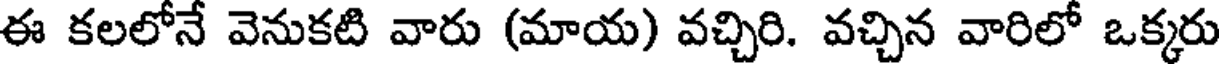
ఈ కలలోనే వెనుకటి వారు (మాయ) వచ్చిరి. వచ్చిన వారిలో ఒక్కరు